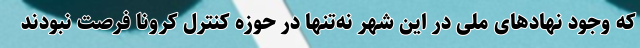
که وجود نهادهای ملی در این شهر نه‌تنها در حوزه کنترل کرونا فرصت نبودند